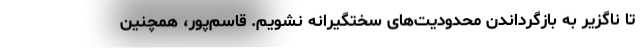
تا ناگزیر به بازگرداندن محدودیت‌های سختگیرانه نشویم. قاسم‌پور، همچنین